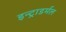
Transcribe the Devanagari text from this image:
इन्ट्राडर्मल